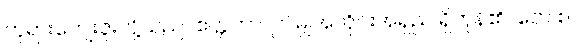
ဘုရားကျေးဇူးတို့သည်။ ဧတ္တကာ၊ ဤမျှအတိုင်းအရှည် ရှိကုန်၏။ တေ စ၊